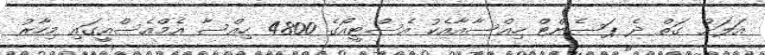
އަލަށް ގަތް ދެ ޕަސެންޓް ހިއްސާއާއެކު އެސްޓީއޯގެ 4800 ހިއްސާ އެމްއެސްއީގައި މިހާރު